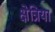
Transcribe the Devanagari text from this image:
क्षेत्रिया